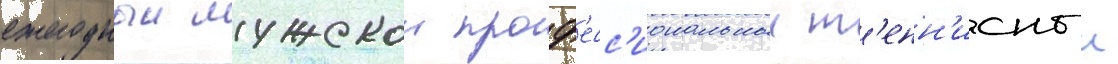
ежегодныи мужскои проф'есс'иональныи т'енн'исныи